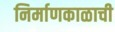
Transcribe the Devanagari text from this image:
निर्माणकाळाची